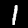
Digit: 1